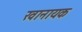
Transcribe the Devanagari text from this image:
खानायक